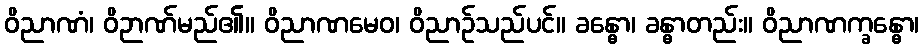
ဝိညာဏံ၊ ဝိဉာဏ်မည်၏။ ဝိညာဏမေဝ၊ ဝိညာဉ်သည်ပင်။ ခန္ဓော၊ ခန္ဓာတည်း။ ဝိညာဏက္ခန္ဓော၊